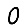
Digit: 0